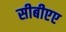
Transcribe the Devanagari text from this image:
सीबीएए